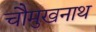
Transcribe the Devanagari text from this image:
चौमुखनाथ